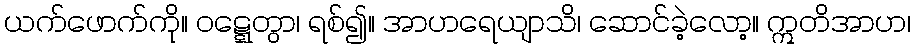
ယက်ဖောက်ကို။ ဝဋ္ဋေတွာ၊ ရစ်၍။ အာဟရေယျာသိ၊ ဆောင်ခဲ့လော့။ ဣတိအာဟ၊